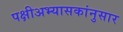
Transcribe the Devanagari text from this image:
पक्षीअभ्यासकांनुसार